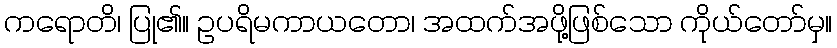
ကရောတိ၊ ပြု၏။ ဥပရိမကာယတော၊ အထက်အဖို့ဖြစ်သော ကိုယ်တော်မှ။